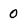
Character: 0